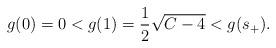
LaTeX: \begin{align*}g(0)=0< g(1)=\frac{1}{2}\sqrt{C-4}< g(s_+).\end{align*}